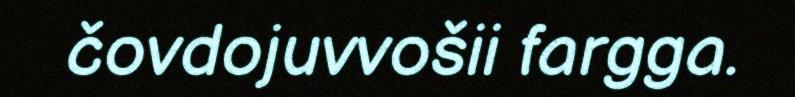
čovdojuvvošii fargga.